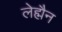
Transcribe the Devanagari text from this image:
लेह्मैन